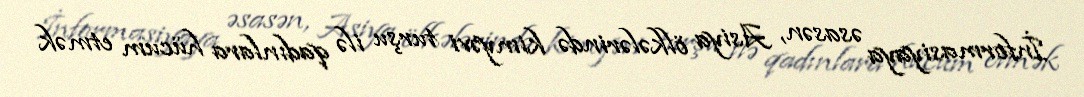
İnformasiyaya əsasən, Asiya ölkələrində kimyəvi turşu ilə qadınlara hücum etmək